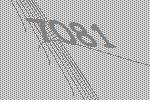
7081